Civil Veterinary Dept. Bombay admin report 1932-41 - 1932-1941
Year: 1932
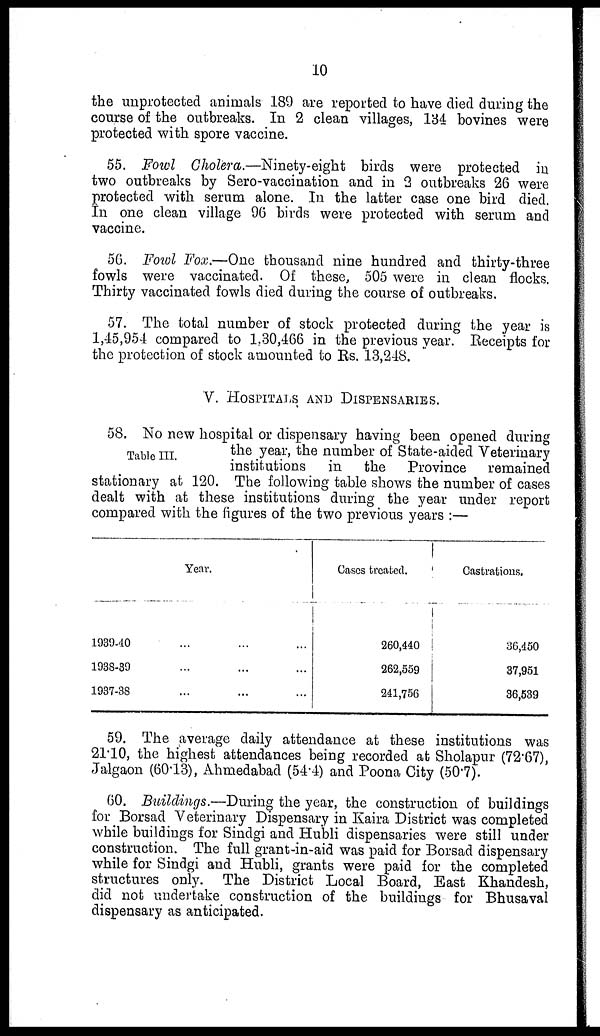
10
the unprotected animals 189 are reported to have died during the
course of the outbreaks. In 2 clean villages, 134 bovines were
protected with spore vaccine.
55. Fowl Cholera.—Ninety-eight birds were protected in
two outbreaks by Sero-vaccination and in 2 outbreaks 26 were
protected with serum alone. In the latter case one bird died.
In one clean village 96 birds were protected with serum and
vaccine.
56. Fowl Fox.—One thousand nine hundred and thirty-three
fowls were vaccinated. Of these, 505 were in clean flocks.
Thirty vaccinated fowls died during the course of outbreaks.
57. The total number of stock protected during the year is
1,45,954 compared to 1.30,466 in the previous year. Receipts for
the protection of stock amounted to Rs. 13,248.
V. HOSPITALS AND DISPENSARIES.
Table III.
58. No new hospital or dispensary having been opened during
the year, the number of State-aided Veterinary
institutions in the Province remained
stationary at 120. The following table shows the number of cases
dealt with at these institutions during the year under report
compared with the figures of the two previous years :—
Year.
1939-40 ... ... ...
1938-39
...
... ...
1937-38 ... ... ...
Cases treated.
260,440
262,559
241,756
Castrations.
36,450
37,951
36,539
59. The average daily attendance at these institutions was
21.10, the highest attendances being recorded at Sholapur (72.67),
Jalgaon (60.13), Ahmedabad (54.4) and Poona City (50.7).
60. Buildings.—During the year, the construction of buildings
for Borsad Veterinary Dispensary in Kaira District was completed
while buildings for Sindgi and Hubli dispensaries were still under
construction. The full grant-in-aid was paid for Borsad dispensary
while for Sindgi and Hubli, grants were paid for the completed
structures only. The District Local Board, East Khandesh,
did not undertake construction of the buildings for Bhusaval
dispensary as anticipated.